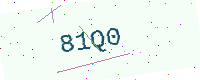
Text: 81Q0